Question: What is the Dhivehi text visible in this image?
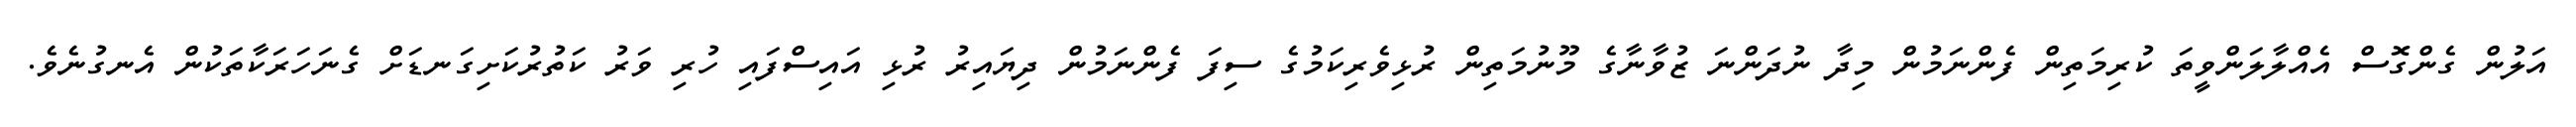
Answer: އަލުން ގެންގޮސް އެއްލާލަންވީތަ ކުރިމަތިން ފެންނަމުން މިދާ ނުދަންނަ ޒުވާނާގެ މޫނުމަތިން ރުޅިވެރިކަމުގެ ސިފަ ފެންނަމުން ދިޔައިރު ރުޅި އައިސްފައި ހުރި ވަރު ކަތުރުކަށިގަނޑަށް ގެނަހަރަކާތަކުން އެނގުނެވެ.